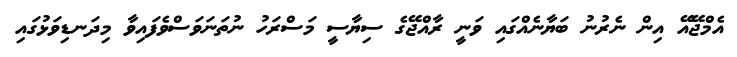
އެމްޖޭއޭ އިން ނެރުނު ބަޔާނެއްގައި ވަނީ ރާއްޖޭގެ ސިޔާސީ މަސްރަހު ނުތަނަވަސްވެފައިވާ މިދަނޑިވަޅުގައި